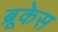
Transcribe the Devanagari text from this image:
ब्रूकेस